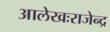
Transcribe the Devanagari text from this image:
आलेखःराजेन्द्र